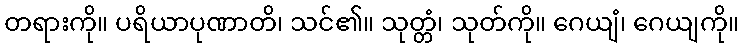
တရားကို။ ပရိယာပုဏာတိ၊ သင်၏။ သုတ္တံ၊ သုတ်ကို။ ဂေယျံ၊ ဂေယျကို။